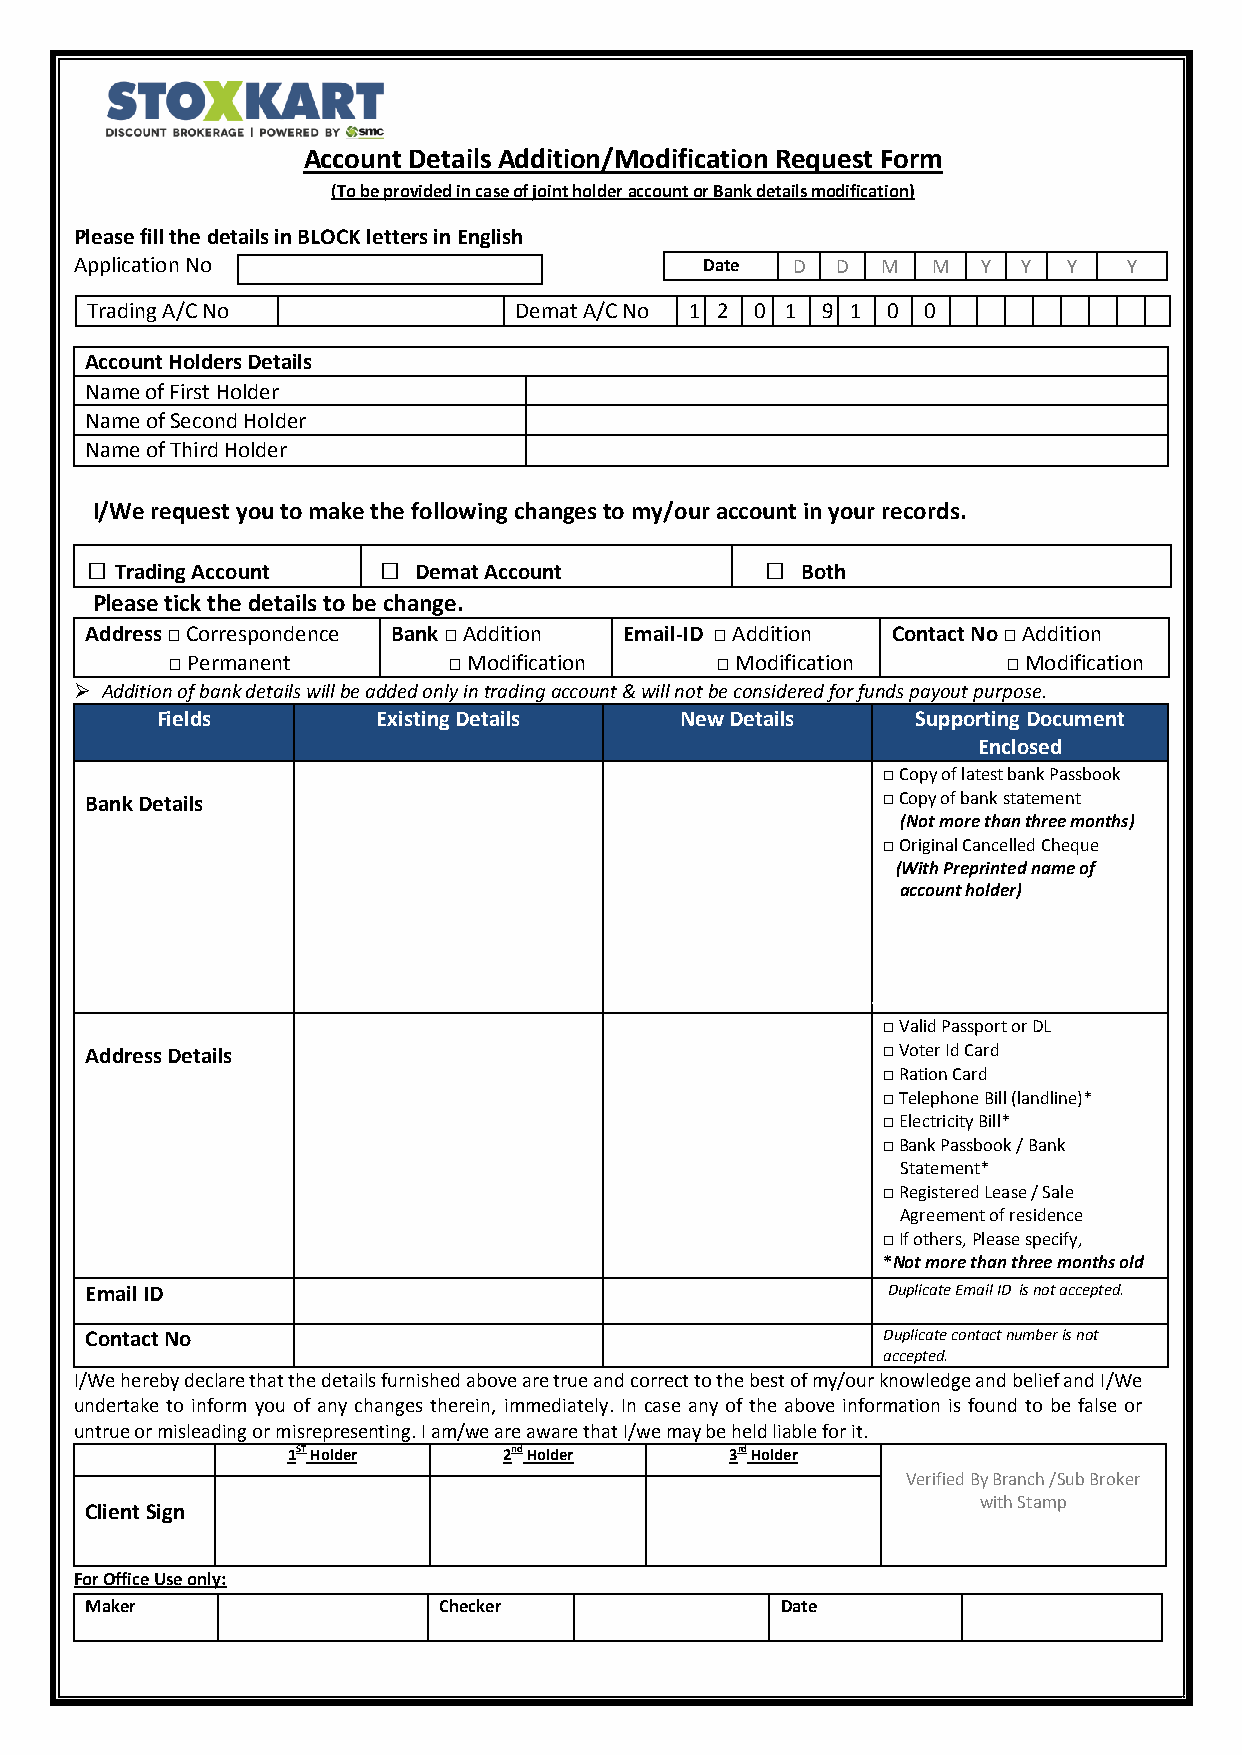
Account Details Addition/Modification Request Form
 (To be provided in case of joint holder account or Bank details modification)
 Please fill the details in BLOCK letters in English
 Application No                            Date D  D  M   M  Y  Y  Y   Y
 Trading A/C No              Demat A/C No 1 2 0 1 9 1 0 0
 AAcA/c No
 Account Holders Details
 Name of First Holder
 Name of Second Holder
 Name of Third Holder
 I/We request you to make the following changes to my/our account in your records.
 □ □                  □                         □
 Trading Account    Demat Account             Both
 Please tick the details to be change.
 Address □ Correspondence Bank □ Addition Email-ID □ Addition Contact No □ Addition
 □ Permanent        □ Modification   □ Modification      □ Modification
  Addition of bank details will be added only in trading account & will not be considered for funds payout purpose.
 Fields         Existing Details    New Details     Supporting Document
 Enclosed
 □ Copy of latest bank Passbook
 Bank Details                                        □ Copy of bank statement
 (Not more than three months)
 □ Original Cancelled Cheque
 (With Preprinted name of
 account holder)
 □ Valid Passport or DL
 Address Details                                     □ Voter Id Card
 □ Ration Card
 □ Telephone Bill (landline)*
 □ Electricity Bill*
 □ Bank Passbook / Bank
 Statement*
 □ Registered Lease / Sale
 Agreement of residence
 □ If others, Please specify,
 *Not more than three months old
 Email ID                                             Duplicate Email ID is not accepted.
 Contact No                                          Duplicate contact number is not
 accepted.
 I/We hereby declare that the details furnished above are true and correct to the best of my/our knowledge and belief and I/We
 undertake to inform you of any changes therein, immediately. In case any of the above information is found to be false or
 untrue or misleading or misrepresenting. I am/we are aware that I/we may be held liable for it.
 1ST Holder    2nd Holder     3rd Holder
 Verified By Branch /Sub Broker
 Client Sign
 with Stamp
 Fo r Office Use only:
 Maker                  Checker                Date